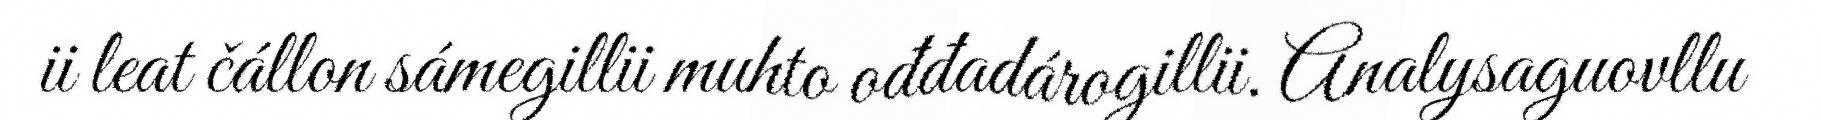
ii leat čállon sámegillii muhto ođđadárogillii. Analysaguovllu